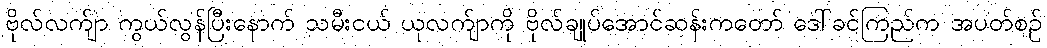
ဗိုလ်လက်ျာ ကွယ်လွန်ပြီးနောက် သမီးငယ် ယုလက်ျာကို ဗိုလ်ချုပ်အောင်ဆန်းကတော် ဒေါ်ခင်ကြည်က အပတ်စဉ်